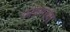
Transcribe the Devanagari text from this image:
फोडणार्‍या